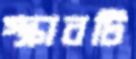
স্ক্রাবটি